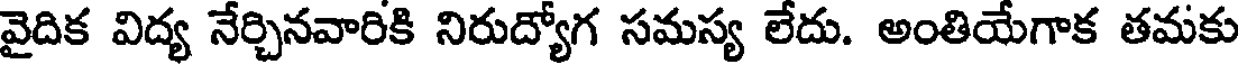
వైదిక విద్య నేర్చినవారికి నిరుద్యోగ సమస్య లేదు. అంతియేగాక తమకు